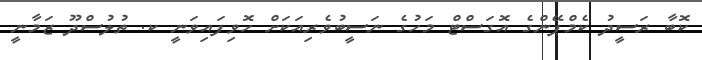
ކޮބާ ރަސީދު ކެމްޕޭންގެ އޮގަސްޓް މަހުގެ ނަސީބުވެރިއަކަށް ހޮވިފައިވަނީ ކ. ތުލުސްދޫ ޒަމާނީ